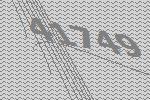
41749